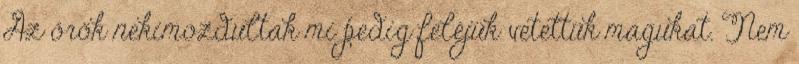
Az őrök nekimozdultak mi pedig feléjük vetettük magukat. Nem